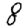
Digit: 8